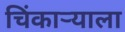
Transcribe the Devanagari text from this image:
चिंकाऱ्याला